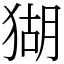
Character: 猢